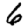
Digit: 6